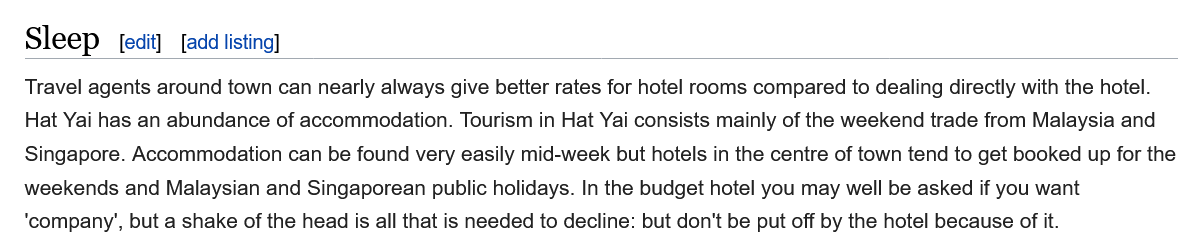
Travel agents around town can nearly always give better rates for hotel rooms compared to dealing directly with the hotel.
   Hat Yai has an abundance of accommodation. Tourism in Hat Yai consists mainly of the weekend trade from Malaysia and
   Singapore. Accommodation can be found very easily mid-week but hotels in the centre of town tend to get booked up for the
   weekends and Malaysian and Singaporean public holidays. In the budget hotel you may well be asked if you want
   ‘company’, but a shake of the head is all that is needed to decline: but don't be put off by the hotel because of it.
   Sleep   [edit] [add listing]